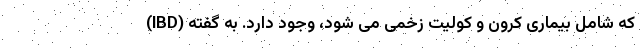
(IBD) که شامل بیماری کرون و کولیت زخمی می شود، وجود دارد. به گفته